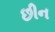
છીન